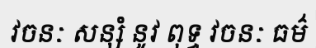
វចនៈ សន្សំ នូវ ពុទ្ធ វចនៈ ធម៌